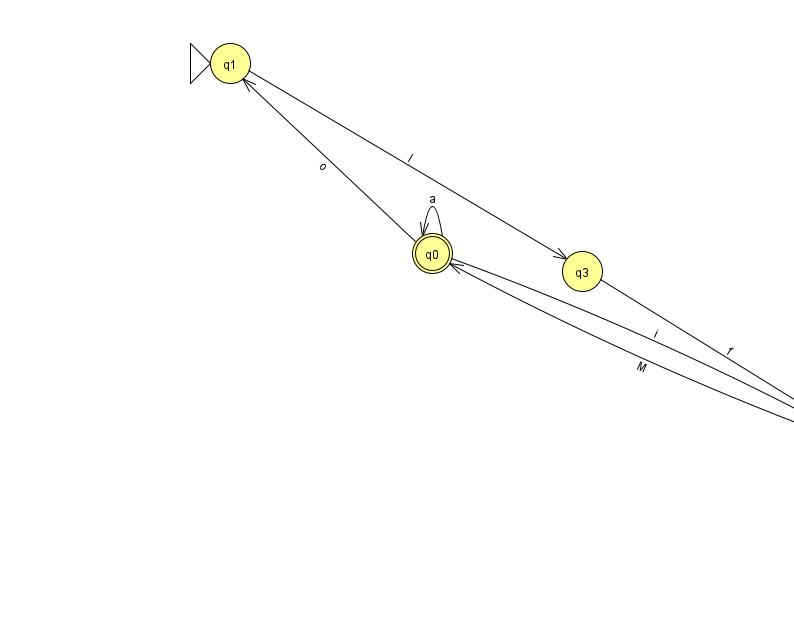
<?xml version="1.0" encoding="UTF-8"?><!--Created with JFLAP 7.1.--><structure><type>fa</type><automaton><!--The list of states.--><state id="0" name="q0"><x>432.0</x><y>240.0</y><final/></state><state id="1" name="q1"><x>230.0</x><y>50.0</y><initial/></state><state id="2" name="q2"><x>867.0</x><y>434.0</y></state><state id="3" name="q3"><x>582.0</x><y>258.0</y></state><!--The list of transitions.--><transition><from>0</from><to>0</to><read>a</read></transition><transition><from>1</from><to>3</to><read>I</read></transition><transition><from>0</from><to>1</to><read>o</read></transition><transition><from>3</from><to>2</to><read>f</read></transition><transition><from>2</from><to>0</to><read>M</read></transition><transition><from>0</from><to>2</to><read>i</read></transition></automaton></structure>